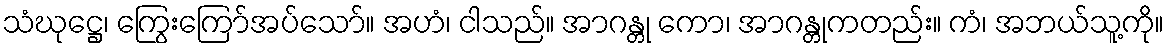
သံဃုဋ္ဌေ၊ ကြွေးကြော်အပ်သော်။ အဟံ၊ ငါသည်။ အာဂန္တု ကော၊ အာဂန္တုကတည်း။ ကံ၊ အဘယ်သူ့ကို။